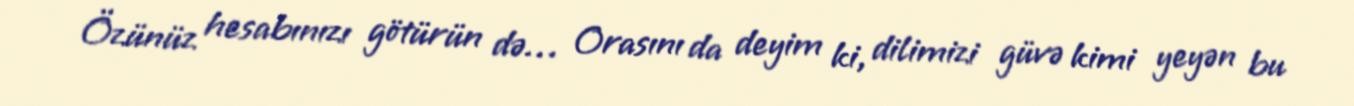
Özünüz hesabınızı götürün də… Orasını da deyim ki, dilimizi güvə kimi yeyən bu